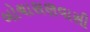
બોચાસણવાસી